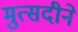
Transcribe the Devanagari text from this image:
मुत्सदीने